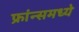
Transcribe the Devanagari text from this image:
फ्रांन्समध्ये